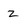
Character: Z